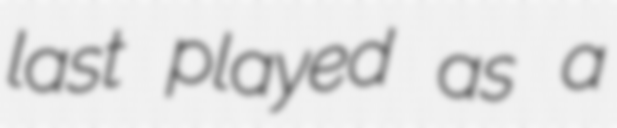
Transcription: last played as a